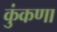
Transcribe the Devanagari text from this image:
कुंकणा